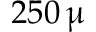
2 5 0 \, \upmu